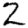
Digit: 2